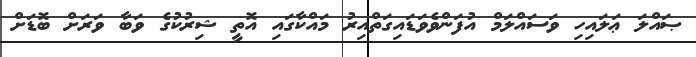
ޞައްލަ ޢަލައިހި ވަސައްލަމް އުފަންވެވަޑައިގަތްއިރު މައްކާގައި އޮތީ ޝިރުކުގެ ވަބާ ވަރަށް ބޮޑަށް